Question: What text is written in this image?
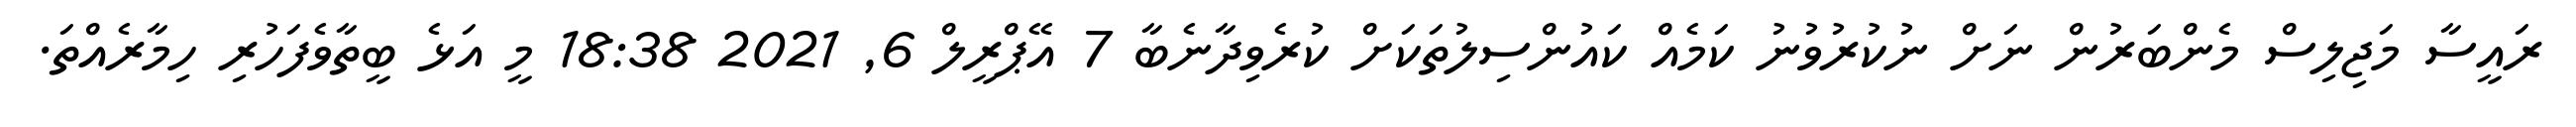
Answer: ރައީސާ މަޖިލިސް މެންބަރުން ނަށް ނުކުރުވުނު ކަމެއް ކައުންސިލުތަކަށް ކުރެވިދާނެބާ 7 އޭޕްރީލް 6, 2021 18:38 މީ އަޅެ ބީތާވެފަހުރި ހިމާރެއްތަ.